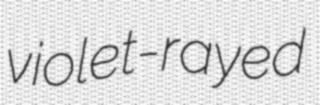
violet-rayed